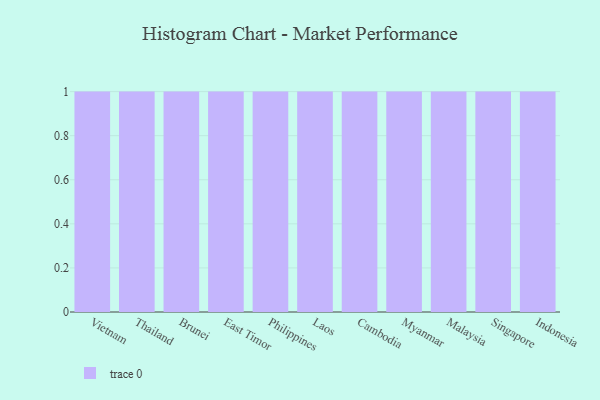
{"axis": {"x": "Country", "y": "Inventory Turnover"}, "legend": [""], "data": [{"x": "Vietnam", "y": 84, "type": ""}, {"x": "Thailand", "y": 85, "type": ""}, {"x": "Brunei", "y": 65, "type": ""}, {"x": "East Timor", "y": 22, "type": ""}, {"x": "Philippines", "y": 78, "type": ""}, {"x": "Laos", "y": 37, "type": ""}, {"x": "Cambodia", "y": 60, "type": ""}, {"x": "Myanmar", "y": 55, "type": ""}, {"x": "Malaysia", "y": 60, "type": ""}, {"x": "Singapore", "y": 17, "type": ""}, {"x": "Indonesia", "y": 1, "type": ""}]}